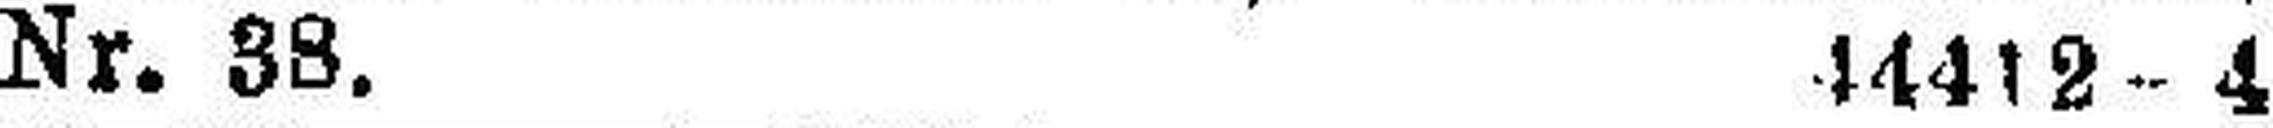
Nr. 38. 44412-4